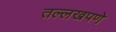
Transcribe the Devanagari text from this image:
तल्लखपणे